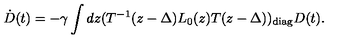
\dot { D } ( t ) = - \gamma \int d z ( T ^ { - 1 } ( z - \Delta ) L _ { 0 } ( z ) T ( z - \Delta ) ) _ { \mathrm { d i a g } } D ( t ) .